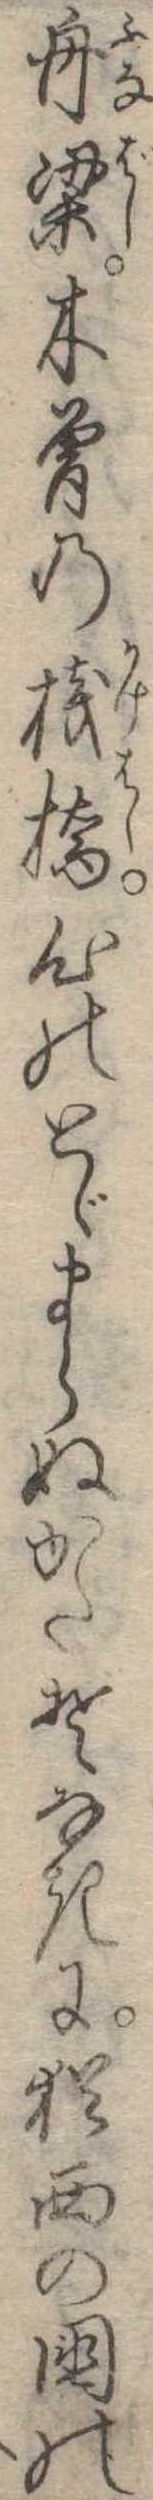
舟梁木曽の桟橋心のとゞまらぬかたぞなきに猶西の国の